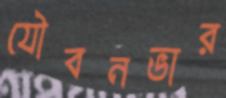
যৌবনভার